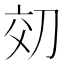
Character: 𫥿